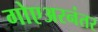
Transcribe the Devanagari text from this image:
गोएअरनंतर